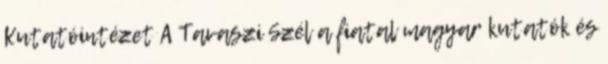
Kutatóintézet A Tavaszi Szél a fiatal magyar kutatók és